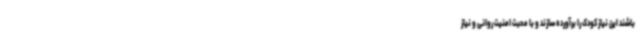
باشند این نیاز کودک را برآورده سازند و با محبت امنیت روانی و نیاز